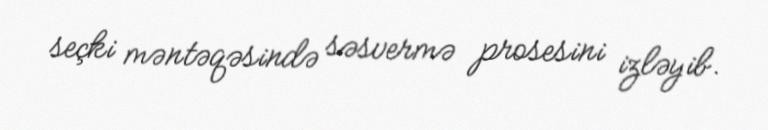
seçki məntəqəsində səsvermə prosesini izləyib.